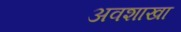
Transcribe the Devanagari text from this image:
अवशाखा